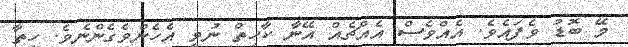
މޭ ބޮޑު ވެފައެވެ. އެއްވެސް އެއްޗެއް އޭނާ ކާހިތް ނުވީ އެހެންވެގެންނެވެ. ހިތާ